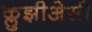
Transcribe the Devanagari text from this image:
क्लुझीअेसी